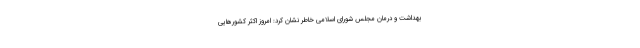
بهداشت و درمان مجلس شورای اسلامی خاطر نشان کرد: امروز اکثر کشورهایی